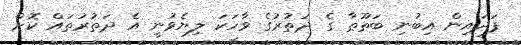
ފަދައިން އިބުނި ބަޠޫޠާ ގެ ދަތުރުގެ ވާހަކަ ލިޔެވުނީ އެ ދަތުރުތައް ކޮށް